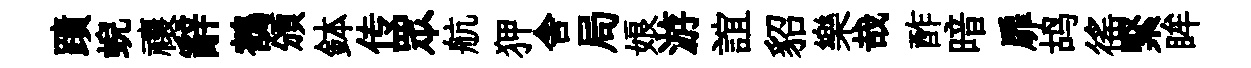
蹟蜺禳辭鶺頒鉢传眾航狎舎局娘游誼貂樂哉酢暗扉鸪徭緊眸